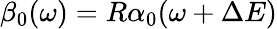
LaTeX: \beta_{0}(\omega)=R\alpha_{0}(\omega+\Delta E)